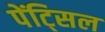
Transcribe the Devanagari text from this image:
पेंट्सिल